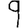
Digit: 9